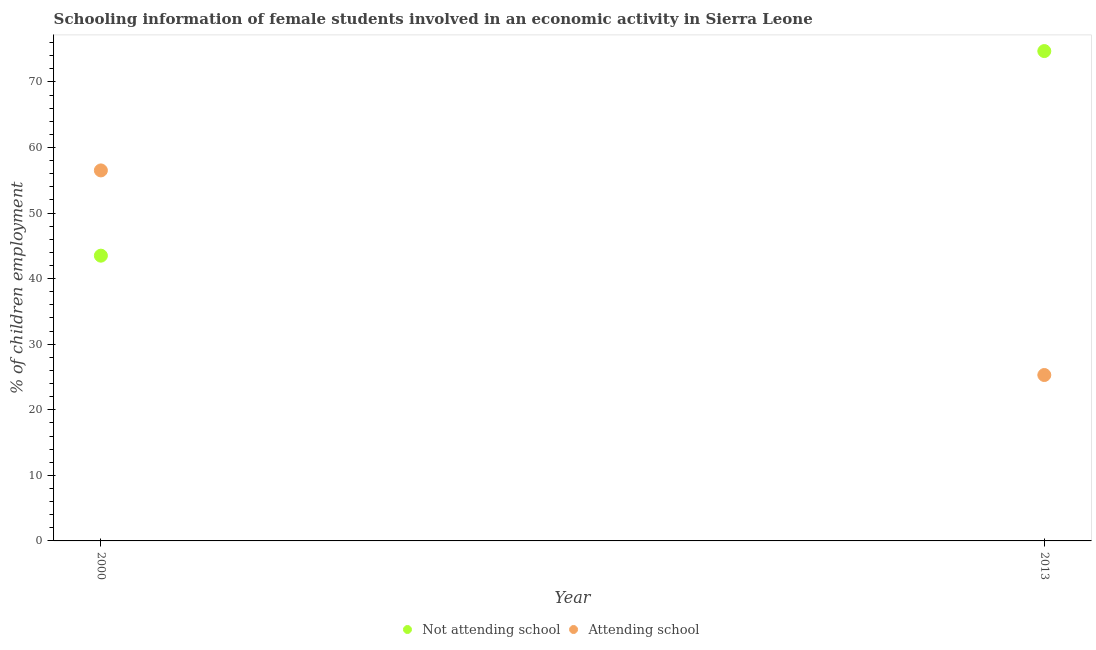
| Year | Not attending school | Attending school |
 | --- | --- | --- |
 | 2000 | 43.5 | 56.5 |
 | 2013 | 74.7 | 25.3 |